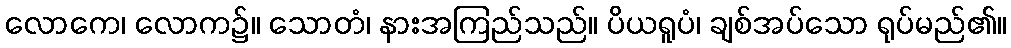
လောကေ၊ လောက၌။ သောတံ၊ နားအကြည်သည်။ ပိယရူပံ၊ ချစ်အပ်သော ရုပ်မည်၏။